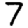
Digit: 7